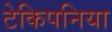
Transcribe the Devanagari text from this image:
टेकिपनिया